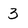
Character: 3